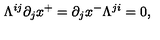
\Lambda ^ { i j } \partial _ { j } x ^ { + } = \partial _ { j } x ^ { - } \Lambda ^ { j i } = 0 ,